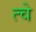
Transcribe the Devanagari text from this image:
त्चे